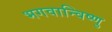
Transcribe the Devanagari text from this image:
भगवान्विष्णु